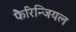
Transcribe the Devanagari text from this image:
फैरिन्जियल